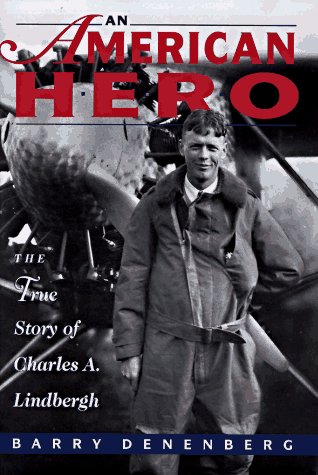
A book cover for An American Hero: The True Story of Charles A. Lindbergh; Barry Denenberg; Teen & Young Adult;